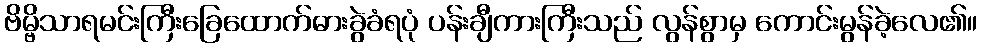
ဗိမ္ဗိသာရမင်းကြီးခြေထောက်ဓားခွဲခံရပုံ ပန်းချီကားကြီးသည် လွန်စွာမှ ကောင်းမွန်ခဲ့လေ၏။